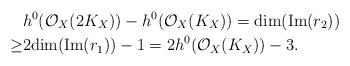
LaTeX: \begin{align*}& h^0(\mathcal{O}_X(2K_X))-h^0(\mathcal{O}_X(K_X))= {\rm dim}({\rm Im}(r_2)) \\\ge& 2{\rm dim}({\rm Im}(r_1))-1=2h^0(\mathcal{O}_X(K_X))-3.\end{align*}